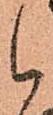
候